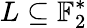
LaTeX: L\subseteq\mathbb{F}_{2}^{*}